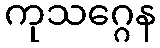
ကုသဂ္ဂေန